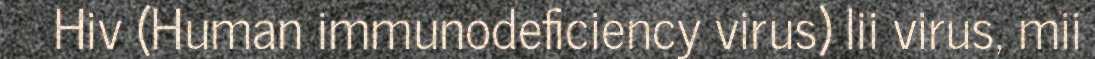
Hiv (Human immunodeficiency virus) lii virus, mii